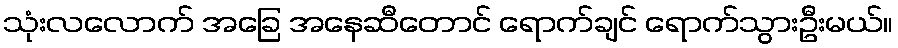
သုံးလလောက် အခြေ အနေဆီတောင် ရောက်ချင် ရောက်သွားဦးမယ်။